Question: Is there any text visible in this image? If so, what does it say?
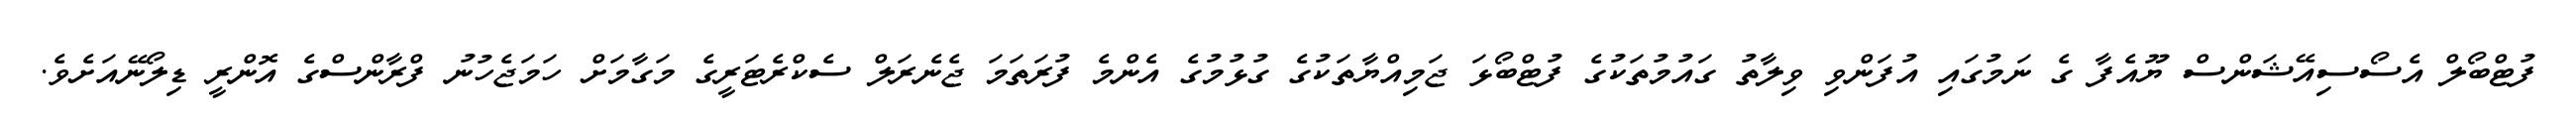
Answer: ފުޓްބޯލް އެސޯސިއޭޝަންސް ޔޫއެފާ ގެ ނަމުގައި އުފަންވި ވިލާތު ގައުމުތަކުގެ ފުޓްބޯޅަ ޖަމިއްޔާތަކުގެ ގުޅުމުގެ އެންމެ ފުރަތަމަ ޖެނެރަލް ސެކްރެޓަރީގެ މަގާމަށް ހަމަޖެހުނު ފްރާންސްގެ އޮންރީ ޑިލޯނޭއަށެވެ.